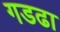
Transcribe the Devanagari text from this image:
गडढा